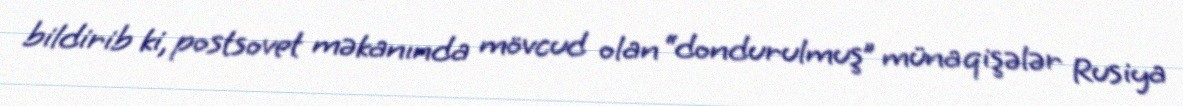
bildirib ki, postsovet məkanında mövcud olan “dondurulmuş” münaqişələr Rusiya